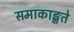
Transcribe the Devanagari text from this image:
समाकाङ्क्षते